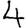
Digit: 4